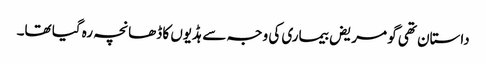
داستان تھی گو مریض بیماری کی وجہ سے ہڈیوں کا ڈھانچہ رہ گیا تھا۔